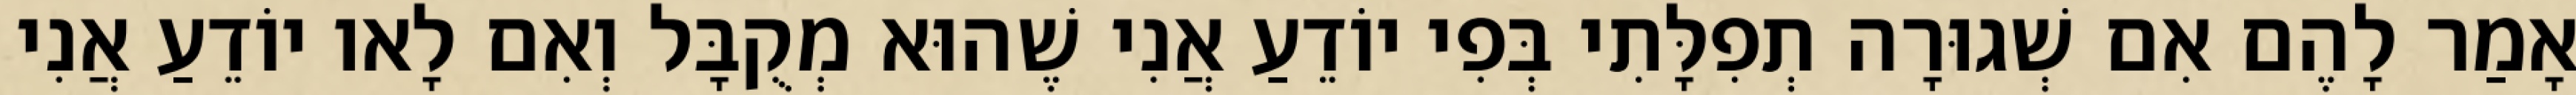
אָמַר לָהֶם אִם שְׁגוּרָה תְפִלָּתִי בְּפִי יוֹדֵעַ אֲנִי שֶׁהוּא מְקֻבָּל וְאִם לָאו יוֹדֵעַ אֲנִי